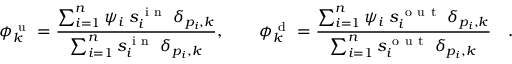
\phi _ { k } ^ { \mathrm { ~ u ~ } } = \frac { \sum _ { i = 1 } ^ { n } \psi _ { i } \; s _ { i } ^ { \mathrm { ~ i ~ n ~ } } \; \delta _ { p _ { i } , k } } { \sum _ { i = 1 } ^ { n } s _ { i } ^ { \mathrm { ~ i ~ n ~ } } \; \delta _ { p _ { i } , k } } , \qquad \phi _ { k } ^ { \mathrm { ~ d ~ } } = \frac { \sum _ { i = 1 } ^ { n } \psi _ { i } \; s _ { i } ^ { \mathrm { ~ o ~ u ~ t ~ } } \; \delta _ { p _ { i } , k } } { \sum _ { i = 1 } ^ { n } s _ { i } ^ { \mathrm { ~ o ~ u ~ t ~ } } \; \delta _ { p _ { i } , k } } \quad .